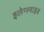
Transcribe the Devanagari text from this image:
इलेप्स्वाइड